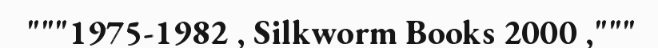
"""1975-1982 , Silkworm Books 2000 ,"""